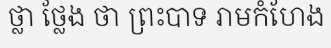
ថ្លា ថ្លែង ថា ព្រះបាទ រាមកំហែង